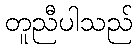
တူညီပါသည်